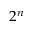
2 ^ { n }